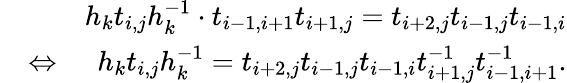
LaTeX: \begin{array}{rlr}&{}&{h_{k}t_{i,j}h_{k}^{-1}\cdot t_{i-1,i+1}t_{i+1,j}=t_{i+2,j}t_{i-1,j}t_{i-1,i}}\\ &{\Leftrightarrow}&{h_{k}t_{i,j}h_{k}^{-1}=t_{i+2,j}t_{i-1,j}t_{i-1,i}t_{i+1,j}^{-1}t_{i-1,i+1}^{-1}.}\end{array}